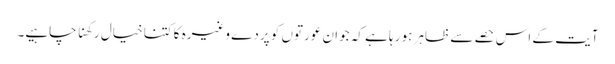
آیت کے اس حصے سے ظاہر ہو رہا ہے کہ جوان عورتوں کو پردے وغیرہ کا کتنا خیال رکھنا چاہیے۔